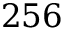
2 5 6